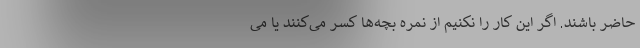
حاضر باشند. اگر این کار را نکنیم از نمره بچه‌ها کسر می‌کنند یا می